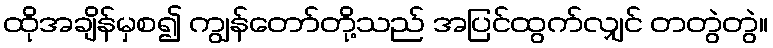
ထိုအချိန်မှစ၍ ကျွန်တော်တို့သည် အပြင်ထွက်လျှင် တတွဲတွဲ။